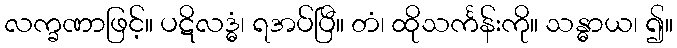
လက္ခဏာဖြင့်။ ပဋိလဒ္ဓံ၊ ရအပ်ပြီ။ တံ၊ ထိုသင်္ကန်းကို။ သန္ဓာယ၊ ၍။